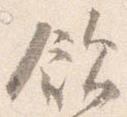
飲